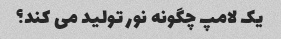
یک لامپ چگونه نور تولید می کند؟